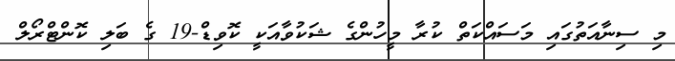
މި ސިނާއަތުގައި މަސައްކަތް ކުރާ މީހުންގެ ޝަކުވާއަކީ ކޮވިޑް-19 ގެ ބަލި ކޮންޓްރޯލް